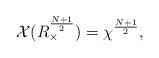
LaTeX: \begin{align*}{\cal X}(R_{\times}^{\frac{N+1}{2}})={\chi}^{\frac{N+1}{2}},\end{align*}